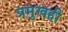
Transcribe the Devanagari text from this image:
प्रमुखही